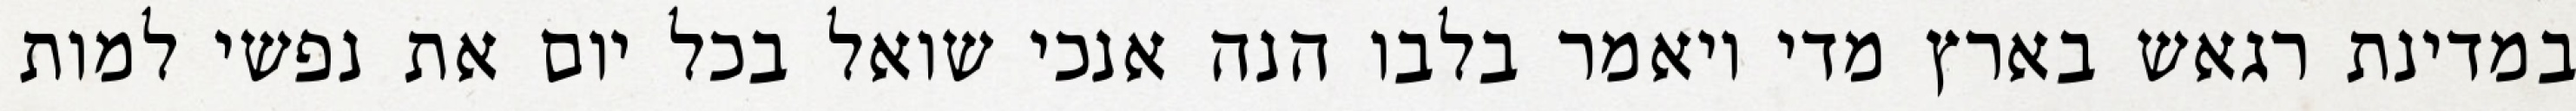
במדינת רגאש בארץ מדי ויאמר בלבו הנה אנכי שואל בכל יום את נפשי למות